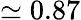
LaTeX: \simeq 0.87